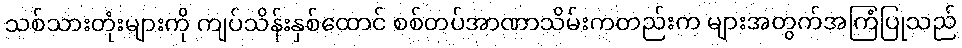
သစ်သားတုံးများကို ကျပ်သိန်းနှစ်ထောင် စစ်တပ်အာဏာသိမ်းကတည်းက များအတွက်အကြံပြုသည်